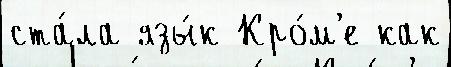
ста́ла язы́к Кро́м'е как